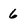
Character: 6